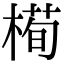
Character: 槆